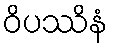
ဝိပဿိနံ